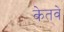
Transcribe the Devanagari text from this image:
केतवे